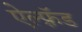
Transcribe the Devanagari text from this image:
ऐल्फ़्रॅड